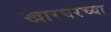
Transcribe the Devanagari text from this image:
खारघरच्या